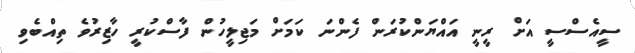
ސީއެސްސީ އަށް ރީނީ އައްޔަންކުރަން ފެންނަ ކަމަށް މަޖިލީހުން ފާސްކުރީ ހާޒިރުވެ ތިއްބެވި